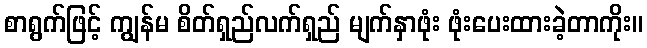
စာရွက်ဖြင့် ကျွန်မ စိတ်ရှည်လက်ရှည် မျက်နှာဖုံး ဖုံးပေးထားခဲ့တာကိုး။